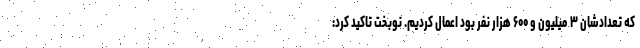
که تعدادشان ۳ میلیون و ۶۰۰ هزار نفر بود اعمال کردیم. نوبخت تاکید کرد: